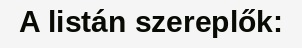
A listán szereplők: